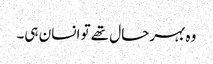
وہ بہرحال تھے تو انسان ہی۔